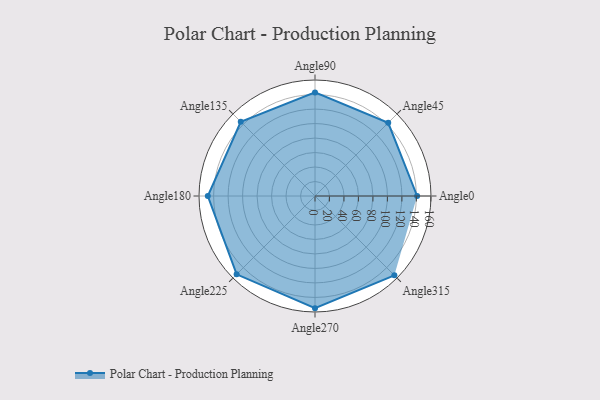
{"axis": {"x": "Angle", "y": "Radius"}, "legend": [""], "data": [{"x": "Angle0", "y": 141.0, "type": ""}, {"x": "Angle45", "y": 143.0, "type": ""}, {"x": "Angle90", "y": 143.0, "type": ""}, {"x": "Angle135", "y": 145.0, "type": ""}, {"x": "Angle180", "y": 148.0, "type": ""}, {"x": "Angle225", "y": 153.0, "type": ""}, {"x": "Angle270", "y": 155.0, "type": ""}, {"x": "Angle315", "y": 155.0, "type": ""}]}